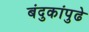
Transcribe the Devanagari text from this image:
बंदुकांपुढे